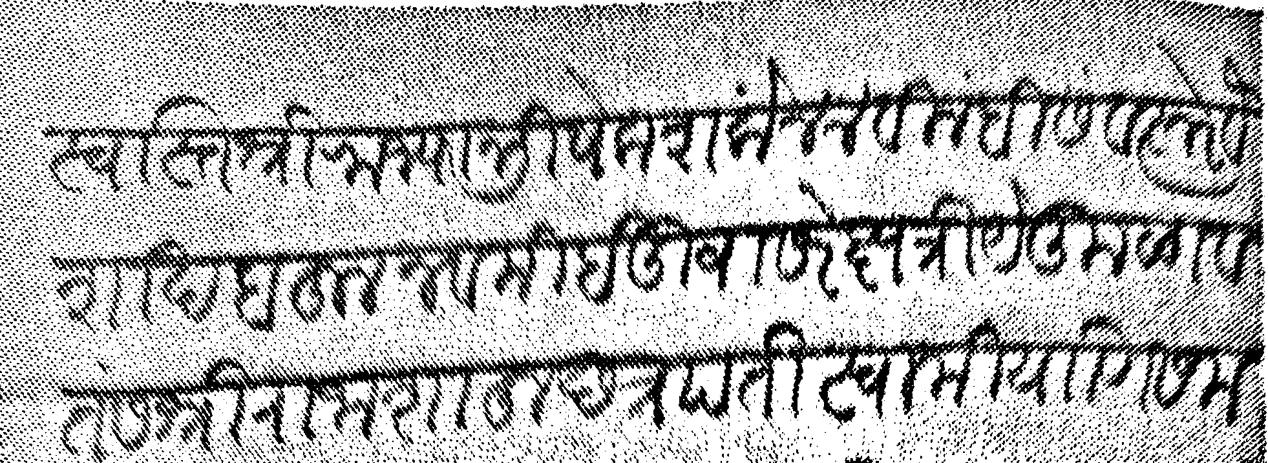
Transliteration (Devanagari): स्वस्ति श्री राज्याभिषेक शके ४४ विलंबी संवत्सरे वैशाख बहुल नवमी इदुवासरे क्षत्रिये कुळावतंस श्री राजा शाहू छत्रपती स्वामी याणी समस्त